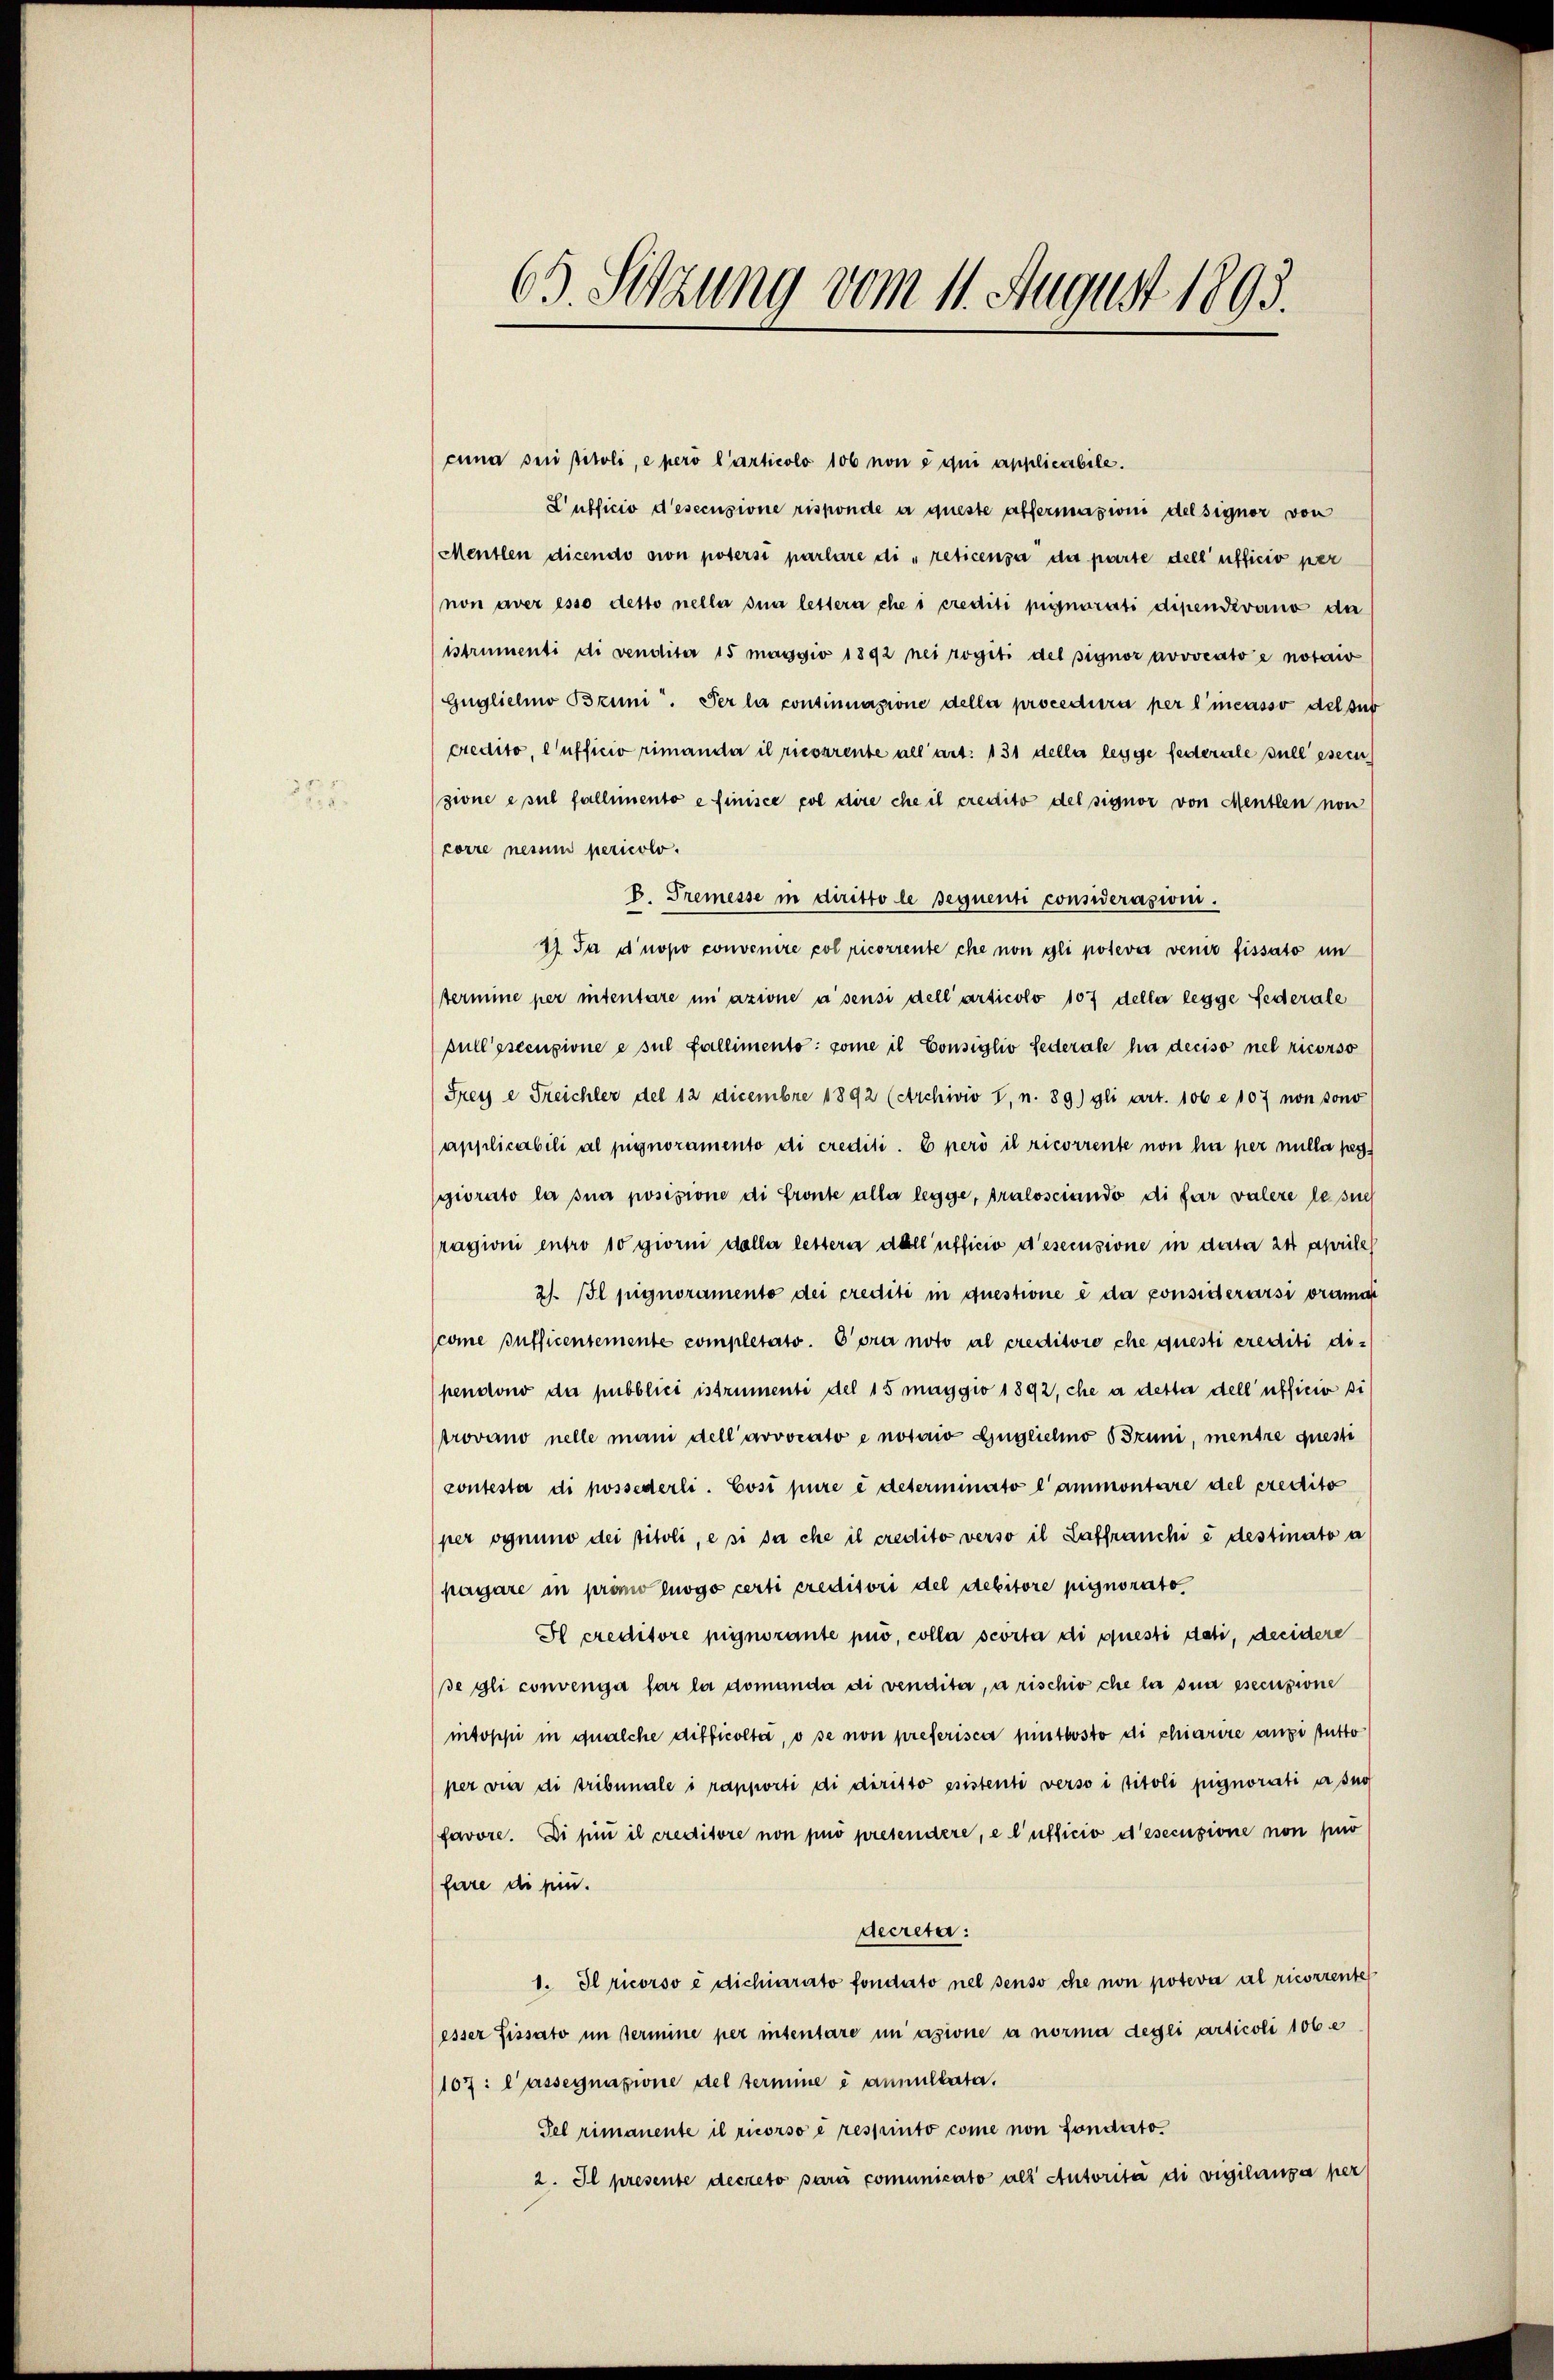
63. Sitzung vom 11. August 1893.

cuna sein pitoli, e però l’articolo 106 non à qui applicabile.
Lufficio d’esecusione risponde a queste affermasioni del signor von
Mentlen dicendo von potersi parlare di reticensa da parte dell’ufficio per
non aver esso detto nella sua lettern ehe i crediti pignorati dipendevano de
istrumenti di venditer 15 maggio 1892 nei rogiti del signor advocato e notair
Güglichno Bruni. Der la continnazione della procediera per l’incasso del sub
credito, l’ufficio rimanda il riesarente all’ art. 131 della legge federale sull es ein
zione e sul fallimento e finisce col dire che il credito del signor von Menten von
corre nessin pericolo.
V. Tremesse in diritto le seguenti considerazioni.
17. Ja dnopo convenire col ricorrente che non gli poteva venir fissato in
termine per intentare in azione à sensi dell’ articolo 107 della legge Federale
sull’esecuzione e sul Pallimento: some il Consiglio Federale ha deciso nel ricorso
Freys e Freichler del 12 Decembre 1892 (Archivio I. n. 89) gli art. 106 e 107 non sono
applicabili al pignoramento di crediti. E però il ricorrente non ha per nulla peggiorato la sua posizione di fronte aller legge, tralosciando di far valere le such
ragioni entro 10 giorni dalla lettern dall’ufficio descisione in data 24 Aprile
2). Il pignoramento dei crediti in questione è da considerarsi oramat
scome sufficentemente completato. Eora noto al creditore che questi crediti di-
pendiono da pubblici istrumenti del 15 maggio 1892, che a detta dell’ufficio si
trovano nelle mani dell’ arvocato e notair Guglichino Truni, mentre questi
contesta di possederli. Cosi pure e determinato l’ammontare del credito
per ognino dei titoli, e si sa che il credito verso il Laffranchi e destinato a
pagare in promo luogo certi creditori del debitore pignorato
Il creditore pignorante puo, colla scorta di questi dati, decidere
se gli convenga far la domanda di vendita, arischio che la sua esecuzione
intoppi in qualche difficolta, o se non preferisca pintbosto di chiarire ange stutto
per vier di tribunale i rapporti di diritto esistenti verso i titoli pignorati a suo
favore. Di pii il creditore non può presendere, e l’ufficio d’esecuzione non puö
fare di rin.
decretär:
1. Il ricorso è dichiarato fondato nel senso che non poteva al ricorrentes
(esser fissato im Termine per intentare in asione à norma degli articoli 106 e
107: lassegnazione del termine e annullata.
Fel rimanente il ricorso e respinto come non fondito.
2. Il presente decreto sarà comunicato als Autorita di vigilanza per